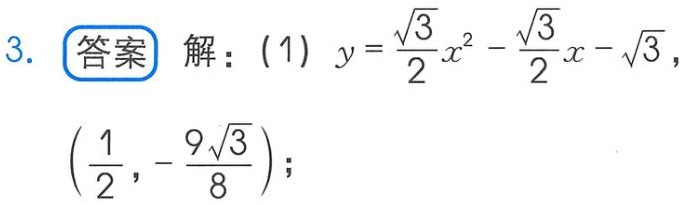
3. 答案 解：(1) \(y = \frac{\sqrt{3}}{2}x^{2}-\frac{\sqrt{3}}{2}x - \sqrt{3}\)，\((\frac{1}{2},-\frac{9\sqrt{3}}{8})\)；